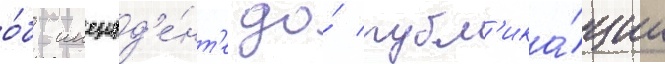
о́б инцид'е́нт'е до́ публ'ика́ции